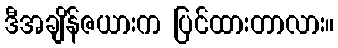
ဒီအချိန်ဇယားက ပြင်ထားတာလား။